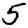
Digit: 5